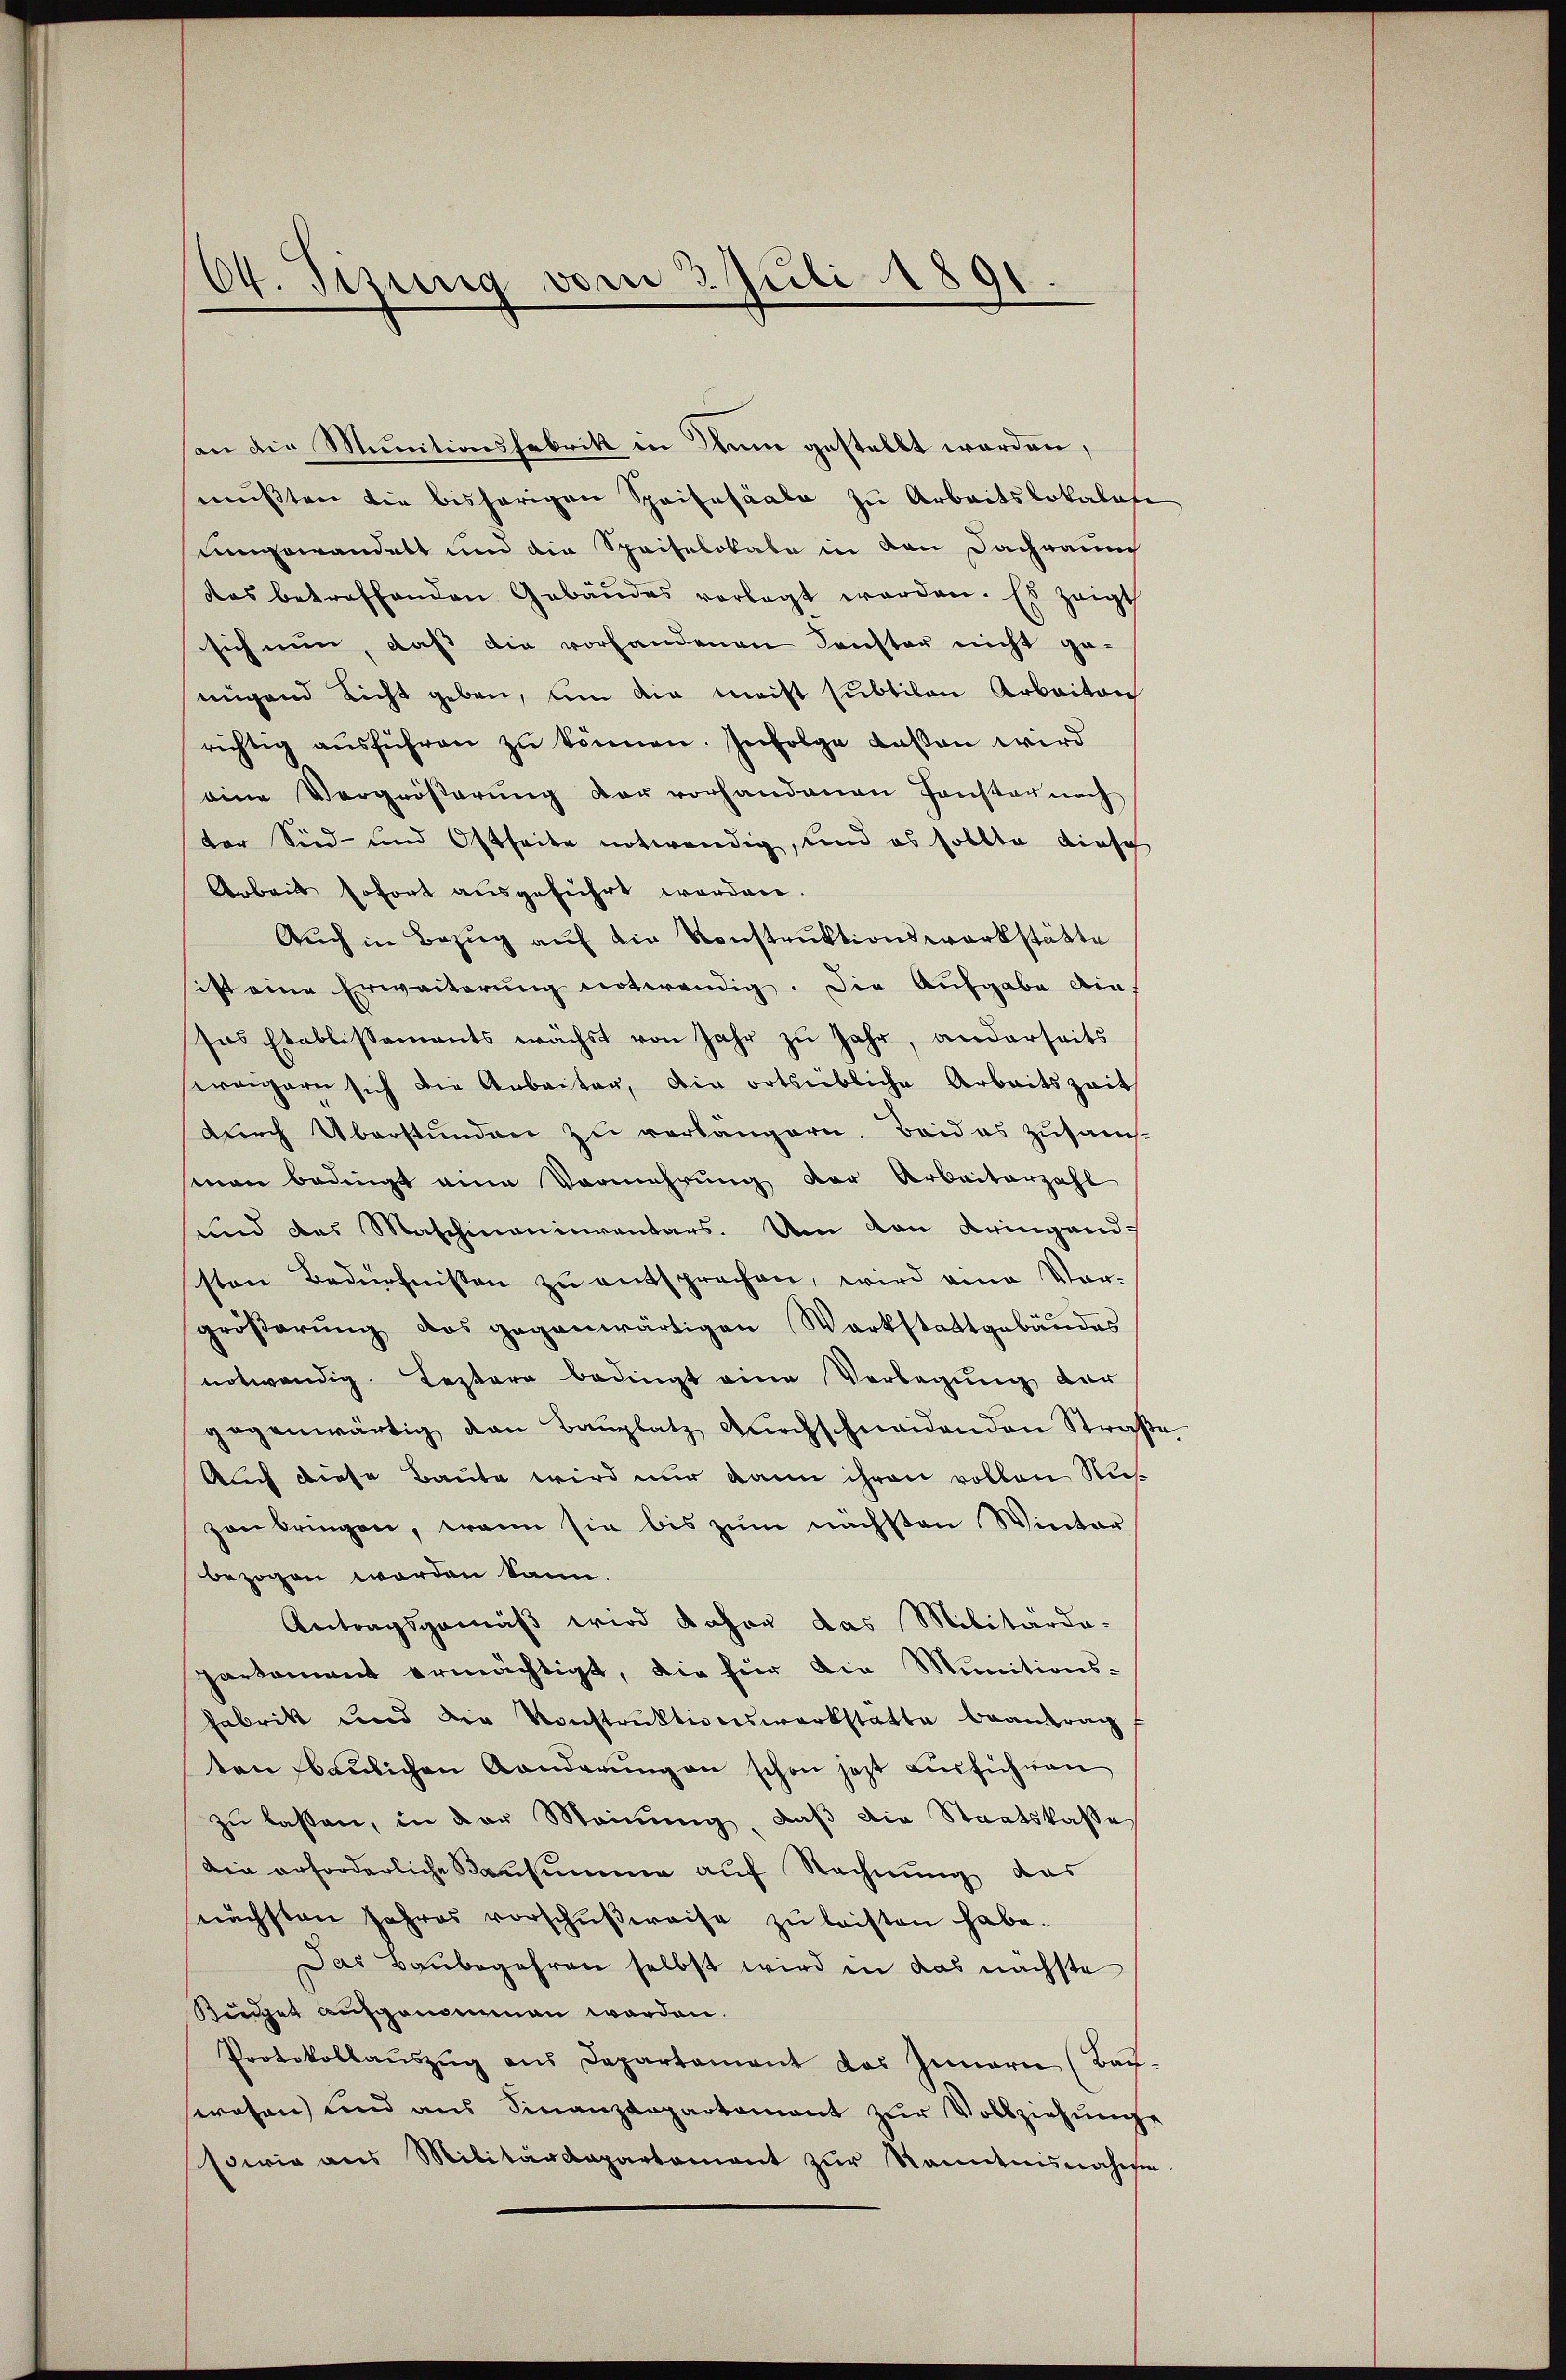
14. Jezung vom 3. Juli 1891.

an die Munitionsfabrik in Rum gestellt worden,
mußten die bisherigen Speisesaale zu Arbeitslokalen
uungewandelt und die Speiselokale in den Dachraung
das betreffenden Gebäŭdes vorlegt werden. Es zeigt
sich nun, daß die vorhandenen Konster nicht ge-
nügend Licht geben, um die meist subtilen Arbeiten
richtig aŭsführen zu können. Infolge dassen wird
eine Vergrößerung der vorhandenen Fenster nach
ter Sid- und Ostseite notwendig, und es sollte diese
Arbeit sofort ausgeführt werden.
Auch in Bezug auf die Konstruktionswerkstätte
ist eine Erweiterung notwendig. Die Aufgabe die
sas Etablissements wächst von Jahr zu Jahr, anderseits
weigern sich die Arbeiter, ain ortsübliche Arbeitszeit
durch Überstunden zu verlangern. Beides zusam-
man bedingt eine Vermehrung der Arbeiterzahl
und das Maschineinventars. Um den Kringend-
sten Bedürfnissen zu entsprechen, wird eine Vor-
größerung das gegenwärtigen Werkstattgebäudes
notwendig. Leztern bedingt eine Vorlegung der
gegenwärtig von Baŭplatz dŭrchschneidenden Straße
Auch diese Baute wird nur dann ihren vollen Rußzanbringen, wenn sie bis zum nächsten Winter
bezogen worden kann.
Antragsgemäß wird daher das Militärda-
partament ermächtigt, die für die Munitions-
Fabrik und die Konstruktionswerkstatte beantrag
ten baŭlichen Anderŭng an schon jezt ausführen
zu lassen, in der Meinung, daß die Staatskasse
Die erforderliche Bausumme auf Rechnung das
nächsten Jahres vorschŭβweise zŭ leisten habe.
Das Baŭbegehren selbst wird in das nächste
Küdget aufgenommen werden.
Protokollaŭszŭg ans Departement das Innern (Bach-
srosen und aus Finanzdepartement zur Vollziehung
sowie aus Militärdepartament zur Kenntnisnahme